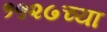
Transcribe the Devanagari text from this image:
१५२७च्या